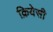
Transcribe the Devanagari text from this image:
क्रियेसी